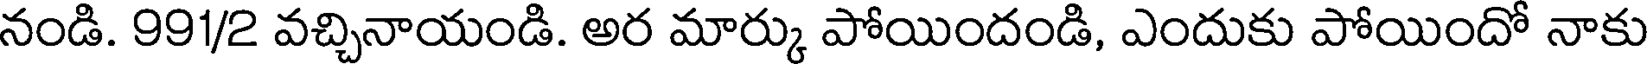
నండి. 991/2 వచ్చినాయండి. అర మార్కు పోయిందండి, ఎందుకు పోయిందో నాకు